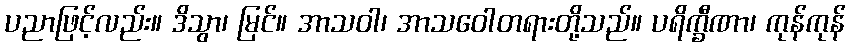
ပညာဖြင့်လည်း။ ဒိသွာ၊ မြင်။ အာသဝါ၊ အာသဝေါတရားတို့သည်။ ပရိက္ခီဏာ၊ ကုန်ကုန်